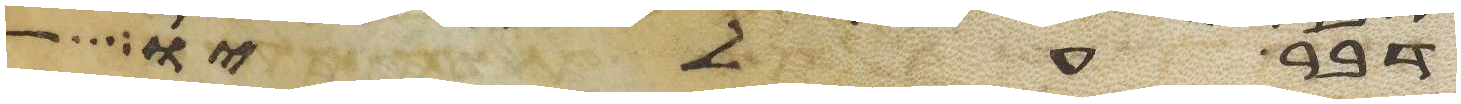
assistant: דבר עליו